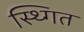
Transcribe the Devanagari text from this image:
स्थ्गित